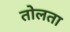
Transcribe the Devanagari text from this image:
तोलता